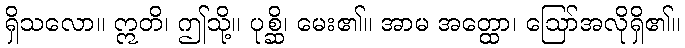
ရှိသလော။ ဣတိ၊ ဤသို့။ ပုစ္ဆိ၊ မေး၏။ အာမ အတ္ထော၊ ဩော်အလိုရှိ၏။